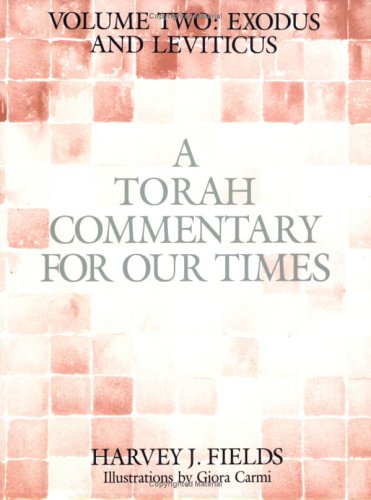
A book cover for A Torah Commentary for Our Times: Exodus and Leviticus (Torah Commentary for Our Times); Harvey J. Fields; Teen & Young Adult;